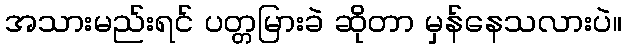
အသားမည်းရင် ပတ္တမြားခဲ ဆိုတာ မှန်နေသလားပဲ။